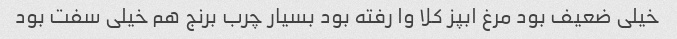
خیلی ضعیف بود مرغ ابپز کلا وا رفته بود بسیار چرب برنج هم خیلی سفت بود